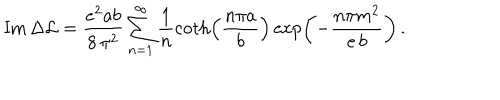
\mathrm { I m } \, { \Delta { \cal L } } = \frac { e ^ { 2 } a b } { 8 \, \pi ^ { 2 } } \sum _ { n = 1 } ^ { \infty } \frac { 1 } { n } \coth \left( \frac { n \pi a } { b } \right) \exp \left( - \frac { n \pi m ^ { 2 } } { e \, b } \right) \, .